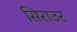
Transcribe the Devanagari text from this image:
सिराउर